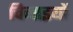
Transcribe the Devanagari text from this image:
चिनाइयों